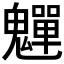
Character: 𫙎